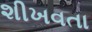
શીખવતા